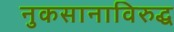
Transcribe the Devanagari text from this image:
नुकसानाविरुद्ध